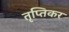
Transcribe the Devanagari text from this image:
तृप्तिकर